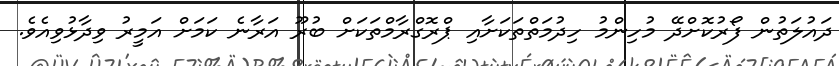
ދައުލަތުން ފޯރުކޮށްދޭ މުހިންމު ހިދުމަތްތަކަށާއި ޕްރޮގްރާމްތަކަށް ބުރޫ އަރާނެ ކަމަށް އަމީރު ވިދާޅުވިއެވެ.